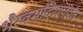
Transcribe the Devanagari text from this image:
भैरवमंदिरापर्यंत